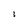
Character: 1